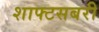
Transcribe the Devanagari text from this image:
शाफ्टसबरी